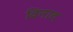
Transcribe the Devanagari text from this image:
विनाद